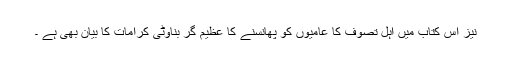
نیز اس کتاب میں اہل تصوف کا عامیوں کو پھانسنے کا عظیم گر بناوٹی کرامات کا بیان بھی ہے ۔